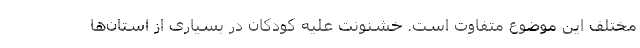
مختلف این موضوع متفاوت است. خشنونت علیه کودکان در بسیاری از استان‌ها